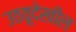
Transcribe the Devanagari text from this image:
उठवूदेखील